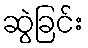
ဆွဲခြင်း